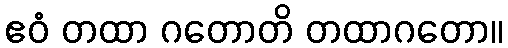
ဧဝံ တထာ ဂတောတိ တထာဂတော။